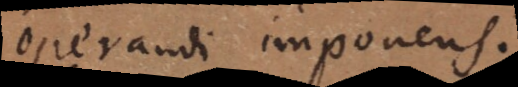
operandi imponens.